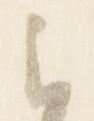
云